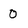
Character: 0